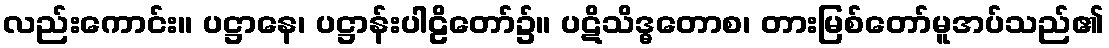
လည်းကောင်း။ ပဋ္ဌာနေ၊ ပဋ္ဌာန်းပါဠိတော်၌။ ပဋိသိဒ္ဓတောစ၊ တားမြစ်တော်မူအပ်သည်၏